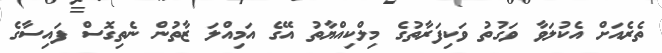
ތެރެއަށް އެކުލަވާ ވަގުތު ވަކިފަރާތުގެ މިލްކިއްޔާތު އޭގެ އަމިއްލަ ޒާތުން ނެތިގޮސް ފައިސާގެ